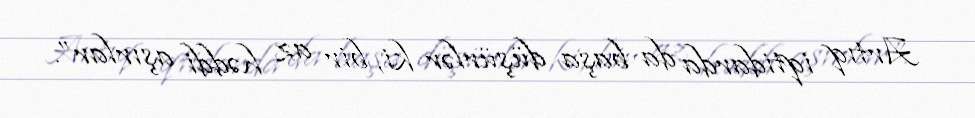
Artıq iqtidarda da başa düşürlər ki, bir az həddi aşırlar”.